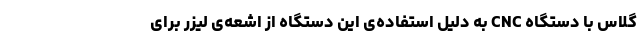
گلاس با دستگاه CNC به دلیل استفاده‌ی این دستگاه از اشعه‌ی لیزر برای